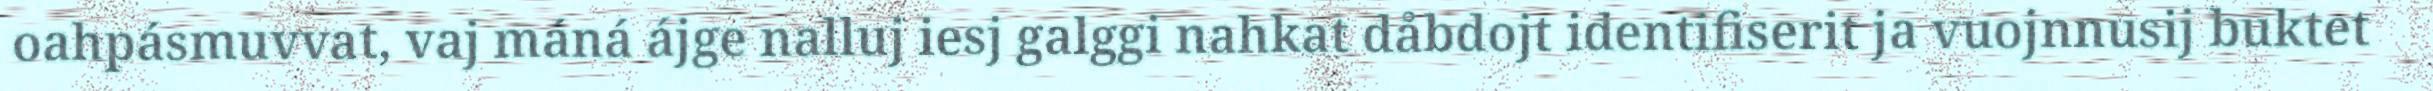
oahpásmuvvat, vaj máná ájge nalluj iesj galggi nahkat dåbdojt identifiserit ja vuojnnusij buktet